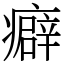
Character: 癖